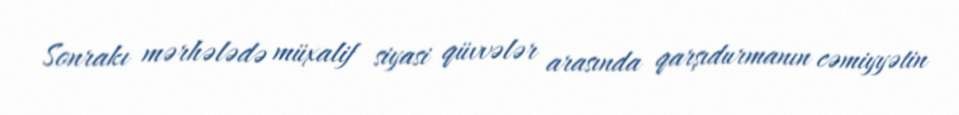
Sonrakı mərhələdə müxalif siyasi qüvvələr arasında qarşıdurmanın cəmiyyətin